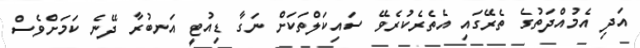
އަދި އެމުއްދަތުގެ ތެރޭގައި އެތެރެކުރެވޭ ސައިކަލްތަކަށް ނަގާ ޑިއުޓީ އަނބުރާ ދޭނެ ކަމަށްވެސް